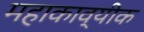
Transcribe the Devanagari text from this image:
महाकाव्यीक